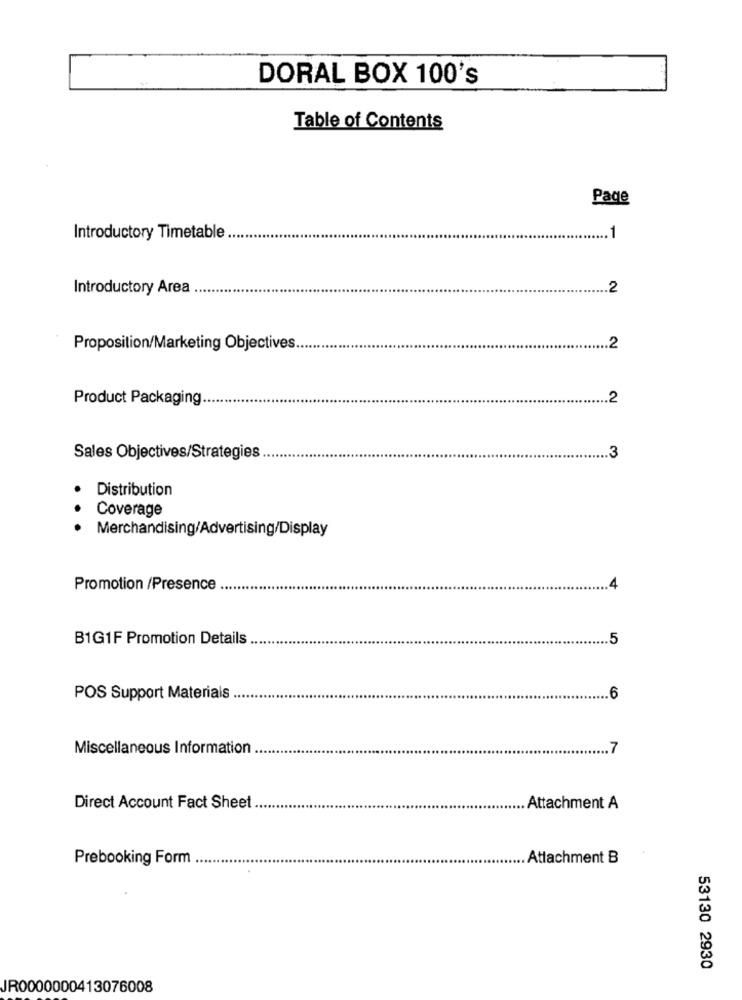
DORAL BOX 100's
Table of Contents
Page
Introductory Timetable
1
Introductory Area
.. 2
Proposition/Marketing Objectives
2
Product Packaging
.2
Sales Objectives/Strategies
Distribution
Coverage
Merchandising/Advertising/Display
Promotion /Presence
B1G1F Promotion Details
5
POS Support Materials
6
Miscellaneous Information.
7
Direct Account Fact Sheet
Attachment A
Prebooking Form
.Attachment B
53130 2930
JR0000000413076008